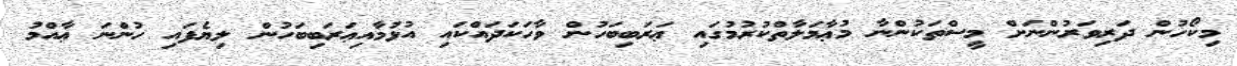
މިކޯހުން ދަރިވަރުންނަށް މީސްތަކުންނާ މުޢާމަލާތްކުރުމުގައި ޢަރަބިބަހުން ވާހަކަދައްކައި އުޅުމާއިޢަރަބިބަހުން ލިޔެފައި ހުންނަ ޢާއްމު